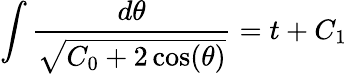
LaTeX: \int{\frac{d\theta}{\sqrt{C_{0}+2\cos(\theta)}}}=t+C_{1}